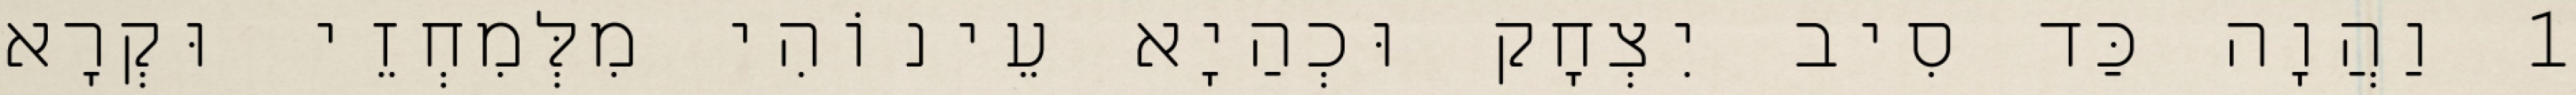
1 וַהֲוָה כַּד סִיב יִצְחָק וּכְהַיָא עֵינוֹהִי מִלְּמִחְזֵי וּקְרָא